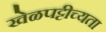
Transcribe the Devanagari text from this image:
खेळपट्टीच्यता